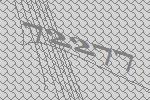
72277